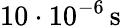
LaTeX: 10\cdot 10^{-6}\, \mathrm{s}